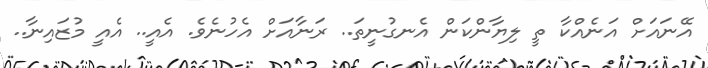
އޭނައަށް އަނެއްކާ ތީ ލިޔާންކަން އެނގުނީތަ.. ރަނާއަށް އެހުނެވެ. އެއީ.. އެއީ މުޒައިނާ..